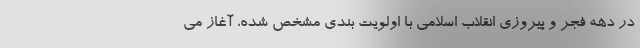
در دهه فجر و پیروزی انقلاب اسلامی با اولویت بندی مشخص شده، آغاز می